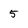
Character: 5